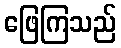
ဖြေကြသည်